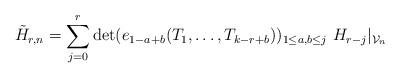
LaTeX: \begin{align*}\tilde{H}_{r,n}=\sum_{j=0}^{r}\det (e_{1-a+b}(T_{1},\ldots,T_{k-r+b}))_{1\leq a,b\leq j}~H_{r-j}|_{\mathcal{V}_{n}} \end{align*}